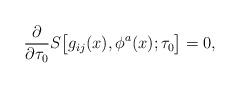
LaTeX: \begin{align*}{\partial \over \partial \tau_0}S\bigl[g_{ij}(x),\phi^a(x);\tau_0\bigr]=0,\end{align*}